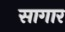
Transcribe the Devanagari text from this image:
सागार